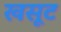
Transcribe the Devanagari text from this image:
खसूट